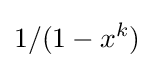
1/(1-x^{k})